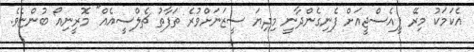
އެކަމަކު މިރޭ ޕީއެސްޖީއަށް ފެނިގެންދާނީ މިދިޔަ ސީޒަނަށްވުރެ ތަފާތު ޗެލްސީއެއް" މޮރީނިއޯ ބުންޏެވެ.